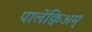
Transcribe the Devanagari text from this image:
पालेंक्विअम्‌